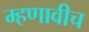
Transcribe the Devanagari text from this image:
म्हणावीच